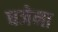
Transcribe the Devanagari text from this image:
धजेना